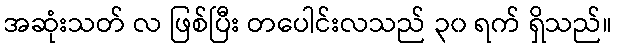
အဆုံးသတ် လ ဖြစ်ပြီး တပေါင်းလသည် ၃၀ ရက် ရှိသည်။